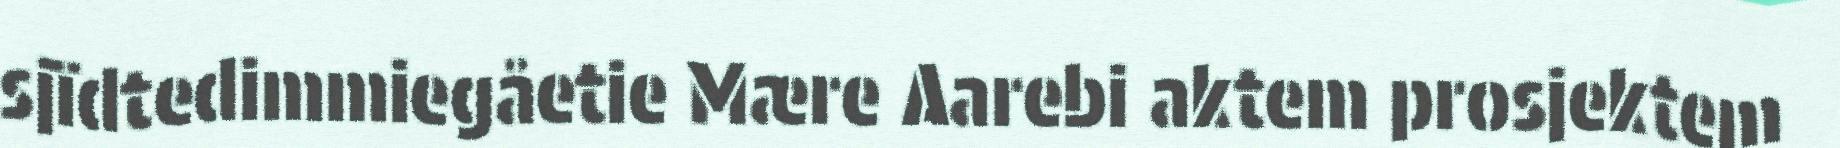
sjïdtedimmiegåetie Mære Aarebi aktem prosjektem